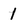
Character: 1